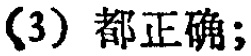
(3) 都正确;